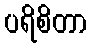
ပရိစိတာ